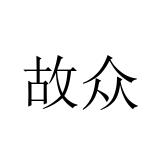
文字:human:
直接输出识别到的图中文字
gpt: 故众